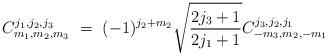
LaTeX: \begin{align*}C_{m_{1},m_{2},m_{3}}^{j_{1},j_{2},j_{3}}\ =\ (-1)^{j_{2}+m_{2}}\sqrt{\frac{2j_{3}+1}{2j_{1}+1}}C_{-m_{3},m_{2},-m_{1}}^{j_{3},j_{2},j_{1}}\ \end{align*}